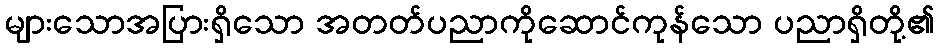
များသောအပြားရှိသော အတတ်ပညာကိုဆောင်ကုန်သော ပညာရှိတို့၏